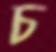
চ